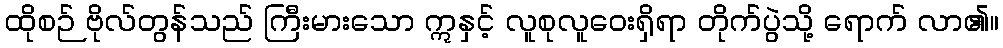
ထိုစဉ် ဗိုလ်တွန်သည် ကြီးမားသော ဣနှင့် လူစုလူဝေးရှိရာ တိုက်ပွဲသို့ ရောက် လာ၏။